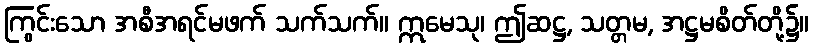
ကြွင်းသော အစီအရင်မဖက် သက်သက်။ ဣမေသု၊ ဤဆဋ္ဌ, သတ္တမ, အဋ္ဌမစိတ်တို့၌။